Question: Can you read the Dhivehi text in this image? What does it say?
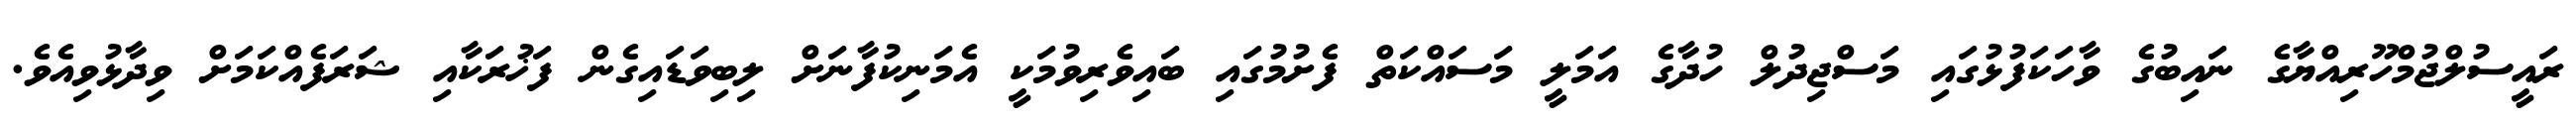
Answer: ރައީސުލްޖުމްހޫރިއްޔާގެ ނައިބުގެ ވާހަކަފުޅުގައި މަސްޖިދުލް ހުދާގެ އަމަލީ މަސައްކަތް ފެށުމުގައި ބައިވެރިވުމަކީ އެމަނިކުފާނަށް ލިބިވަޑައިގެން ފަޚުރަކާއި ޝަރަފެއްކަމަށް ވިދާޅުވިއެވެ.